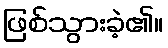
ဖြစ်သွားခဲ့၏။